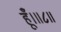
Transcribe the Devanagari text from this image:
हूँ।॥८॥